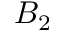
B _ { 2 }